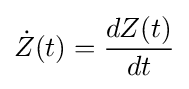
{\dot {Z}}(t)={\frac {dZ(t)}{dt}}